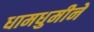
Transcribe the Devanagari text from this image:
धामधुमीने